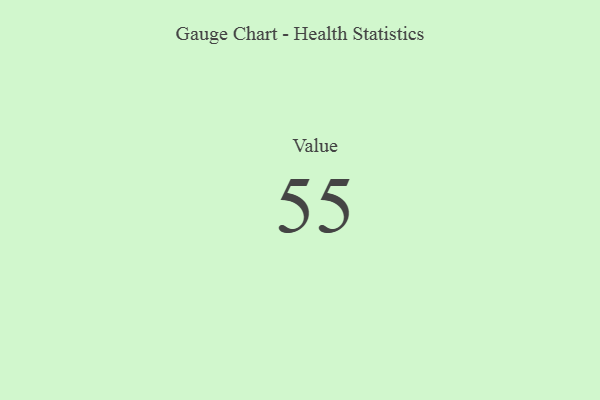
{"axis": {"x": "Metric", "y": "Value"}, "legend": [""], "data": [{"x": "Value", "y": 55, "type": ""}]}